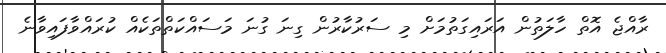
ރާއްޖެ އޮތް ހާލަތުން އަރައިގަތުމަށް މި ސަރުކާރުން ގިނަ ގުނަ މަސައްކަތްތަކެއް ކުރައްވާފައިވާނެ